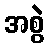
အစွဲ